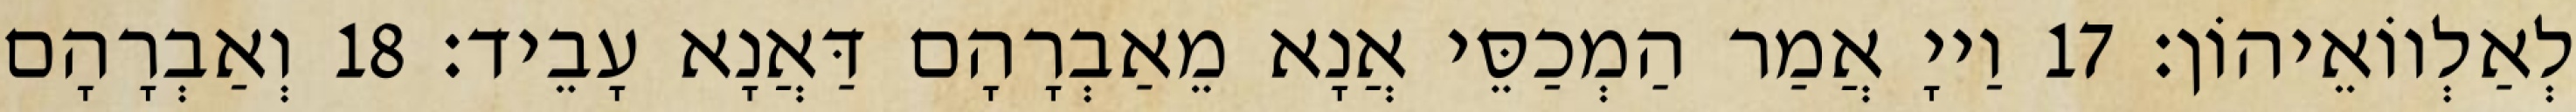
לְאַלְווֹאֵיהוֹן׃ 17 וַייָ אֲמַר הַמְכַסֵּי אֲנָא מֵאַבְרָהָם דַּאֲנָא עָבֵיד׃ 18 וְאַבְרָהָם